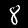
Label: 8